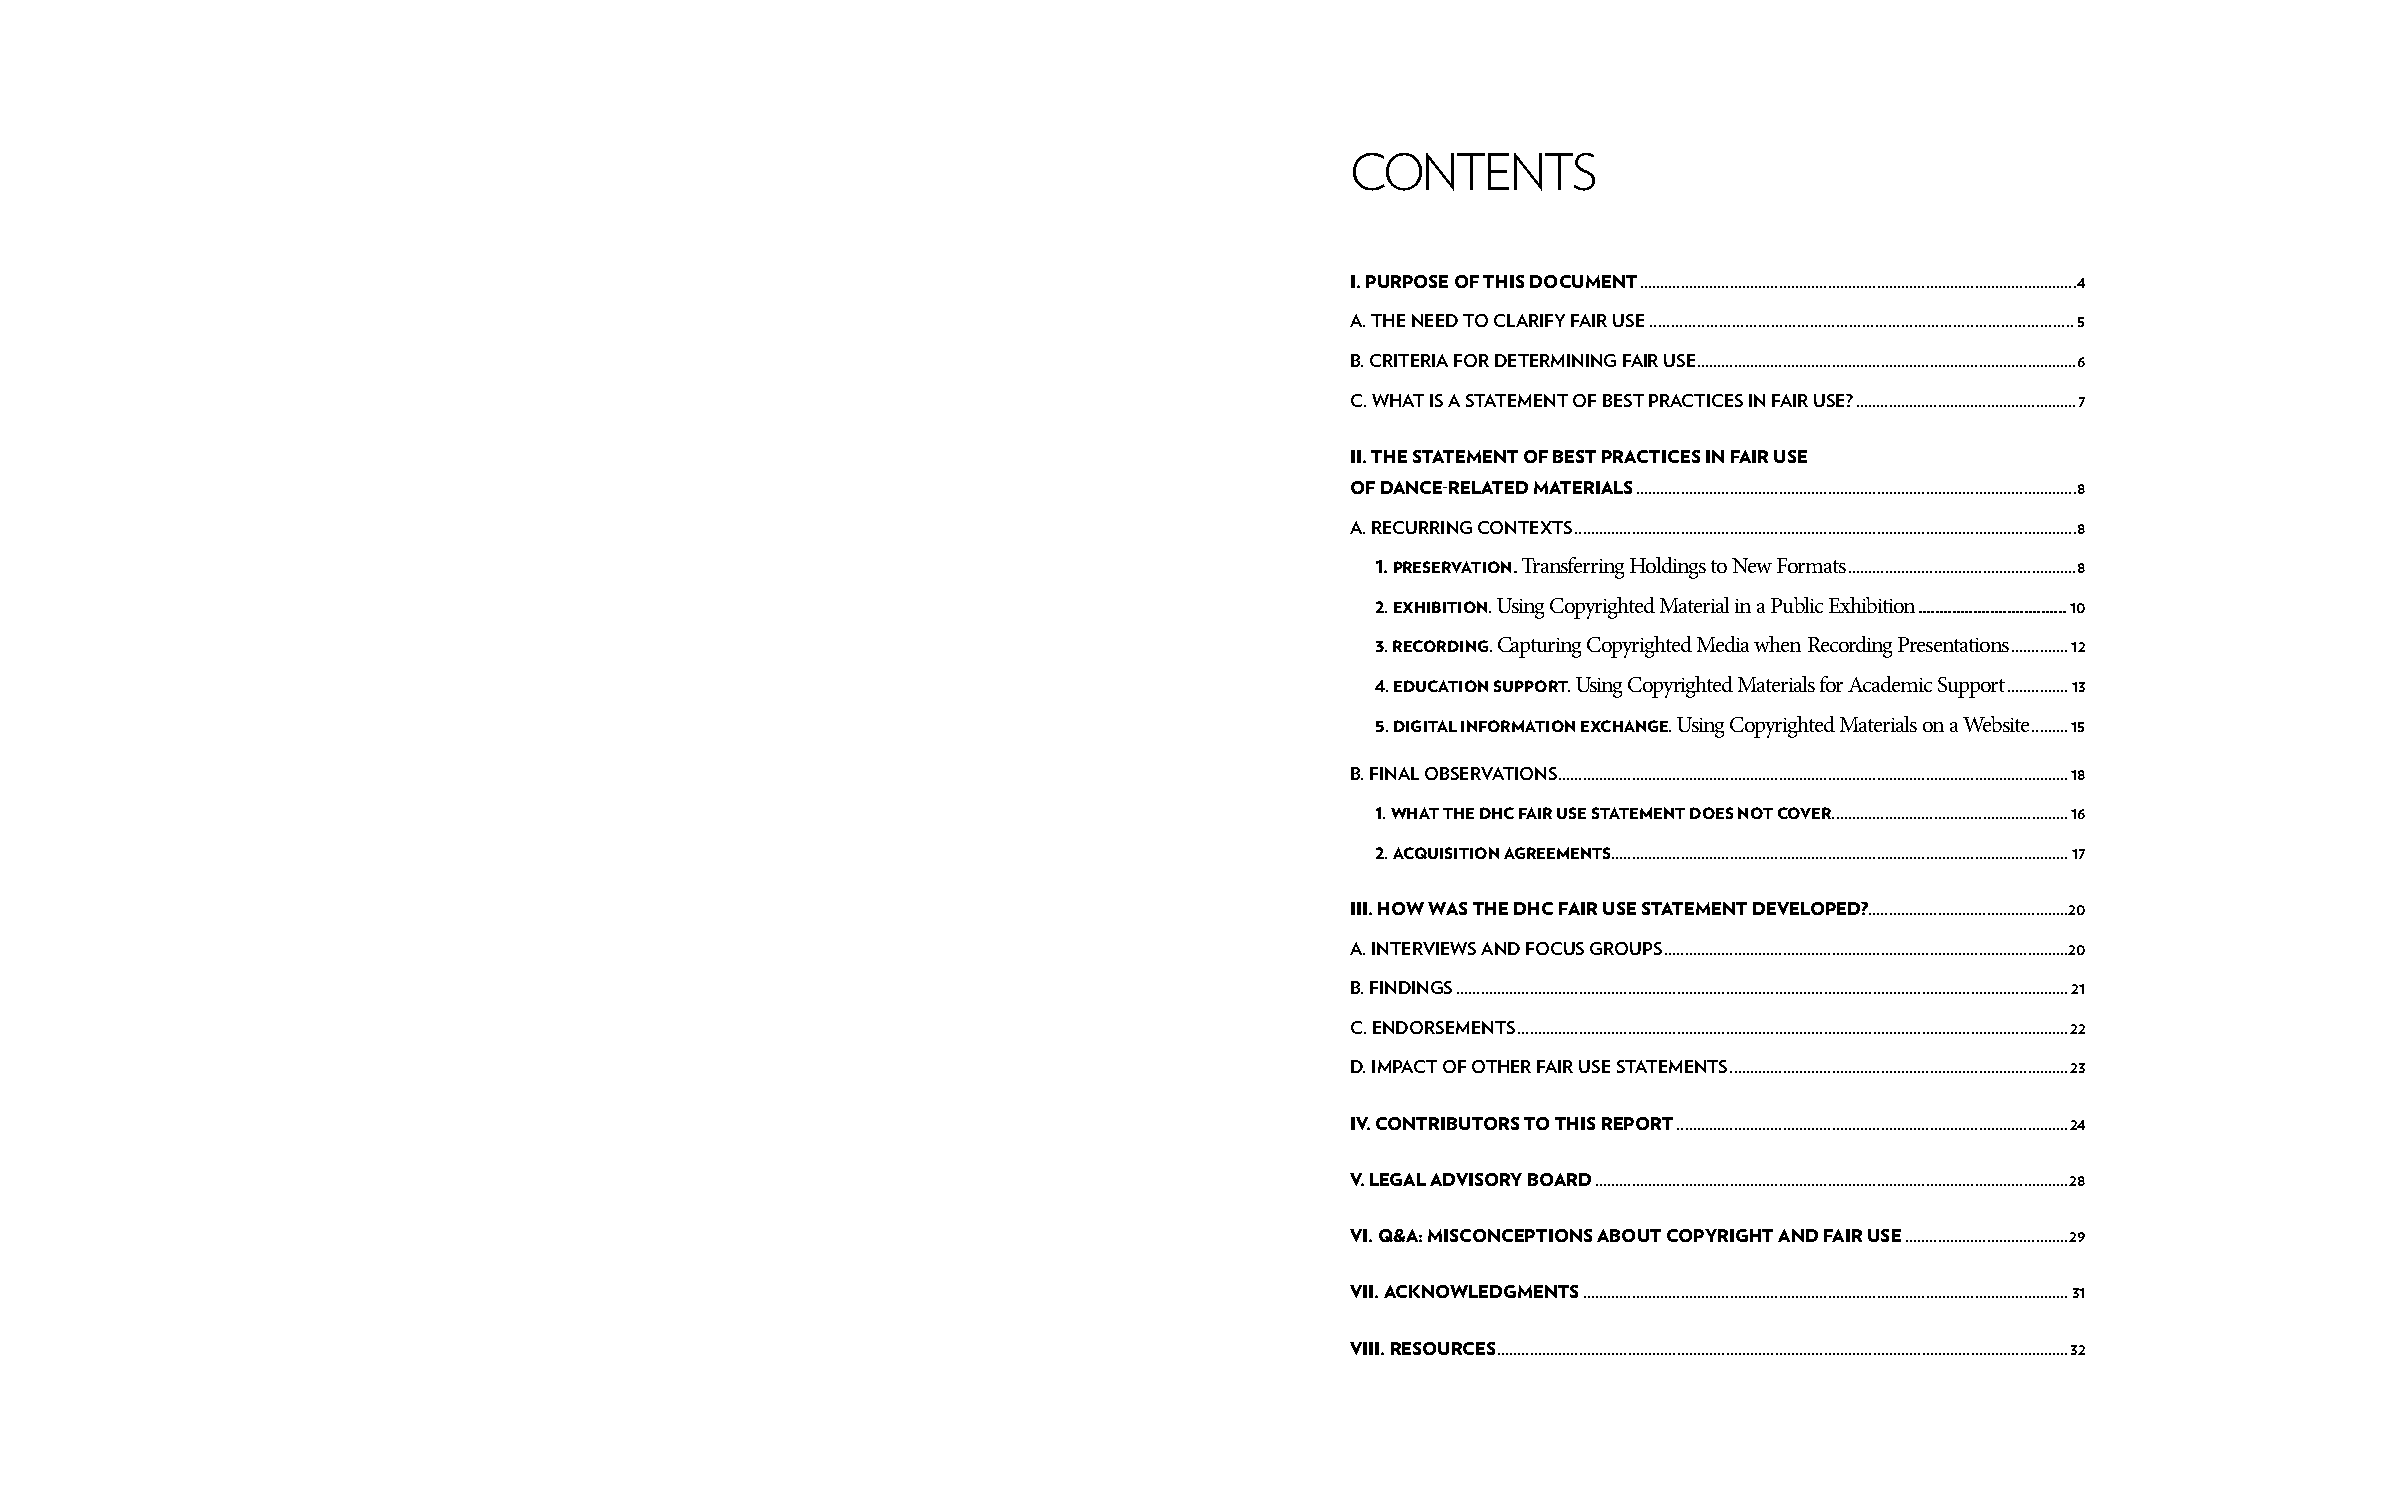
contentS
 i. PUrPose oF tHis DocUMent ...........................................................................................................4
 A. The Need To ClArify fAir Use ..................................................................................................5
 B. CriTeriA for deTermiNiNg fAir Use .............................................................................................6
 C. WhAT is A sTATemeNT of BesT PrACTiCes iN fAir Use? ......................................................7
 ii. tHe stateMent oF Best Practices in Fair Use
 oF Dance-relateD Materials ............................................................................................................8
 A. reCUrriNg CoNTexTs ...........................................................................................................................8
 1. Preservation. Transferring Holdings to New Formats ........................................................8
 2. exHiBition. Using Copyrighted Material in a Public Exhibition ...................................10
 3. recorDing. Capturing Copyrighted Media when Recording Presentations ..............12
 4. eDUcation sUPPort. Using Copyrighted Materials for Academic Support ...............13
 5. Digital inForMation excHange. Using Copyrighted Materials on a Website .........15
 B. fiNAl oBservATioNs .............................................................................................................................18
 1. WHat tHe DHc Fair Use stateMent Does not cover..........................................................16
 2. acqUisition agreeMents ................................................................................................................17
 iii. HoW Was tHe DHc Fair Use stateMent DeveloPeD? .................................................20
 A. iNTervieWs ANd foCUs groUPs ...................................................................................................20
 B. fiNdiNgs ......................................................................................................................................................21
 C. eNdorsemeNTs .......................................................................................................................................22
 d. imPACT of oTher fAir Use sTATemeNTs ...................................................................................23
 iv. contriBUtors to tHis rePort ................................................................................................24
 v. legal aDvisory BoarD ....................................................................................................................28
 vi. q&a: MisconcePtions aBoUt coPyrigHt anD Fair Use ........................................29
 vii. acknoWleDgMents .......................................................................................................................31
 viii. resoUrces ............................................................................................................................................32